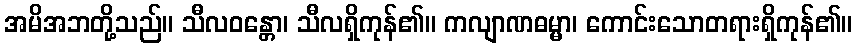
အမိအဘတို့သည်။ သီလဝန္တော၊ သီလရှိကုန်၏။ ကလျာဏဓမ္မာ၊ ကောင်းသောတရားရှိကုန်၏။